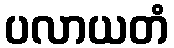
ပလာယတံ